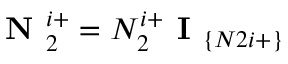
\textbf { N } _ { 2 } ^ { i + } = N _ { 2 } ^ { i + } \textbf { I } _ { \{ N 2 i + \} }